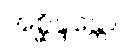
အစ္ဆိန္ဒန္တော